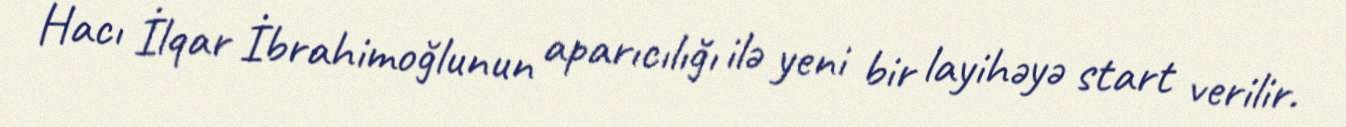
Hacı İlqar İbrahimoğlunun aparıcılığı ilə yeni bir layihəyə start verilir.